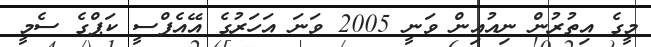
މީގެ އިތުރުން ނިއުއިން ވަނީ 2005 ވަނަ އަހަރުގެ އޭއެފްސީ ކަޕްގެ ސެމީ